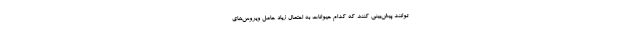
‌توانند پیش‌بینی کنند که کدام حیوانات به احتمال زیاد حامل ویروس‌های